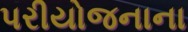
પરીયોજનાના